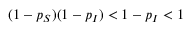
( 1 - p _ { S } ) ( 1 - p _ { I } ) < 1 - p _ { I } < 1